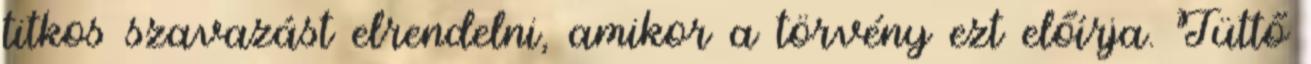
titkos szavazást elrendelni, amikor a törvény ezt előírja. Tüttő